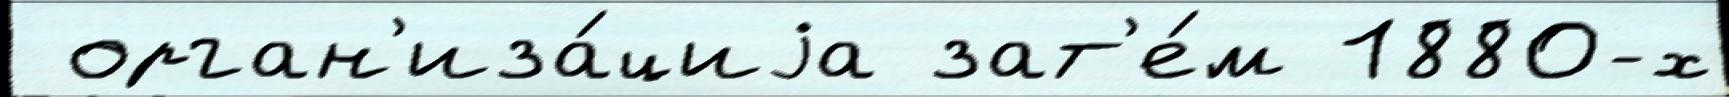
 орган'иза́циjа зат'е́м 1880-х